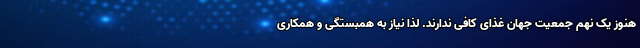
هنوز یک نهم جمعیت جهان غذای کافی ندارند. لذا نیاز به همبستگی و همکاری